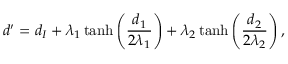
d ^ { \prime } = d _ { I } + \lambda _ { 1 } \operatorname { t a n h } \left( { \frac { d _ { 1 } } { 2 \lambda _ { 1 } } } \right) + \lambda _ { 2 } \operatorname { t a n h } \left( { \frac { d _ { 2 } } { 2 \lambda _ { 2 } } } \right) ,